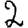
Digit: 2